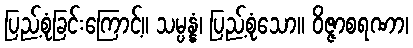
ပြည့်စုံခြင်းကြောင့်။ သမ္ပန္နံ၊ ပြည့်စုံသော။ ဝိဇ္ဇာစရဏာ၊